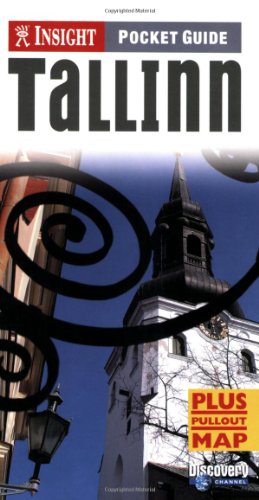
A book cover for Tallinn Insight Pocket Guide; Travel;